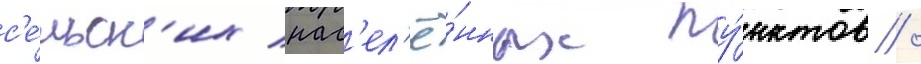
с'е́льск'их нас'ел'ё́нных пу́нктов /